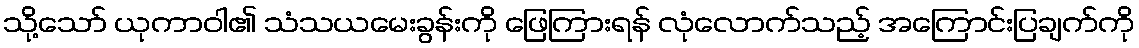
သို့သော် ယုကာဝါ၏ သံသယမေးခွန်းကို ဖြေကြားရန် လုံလောက်သည့် အကြောင်းပြချက်ကို